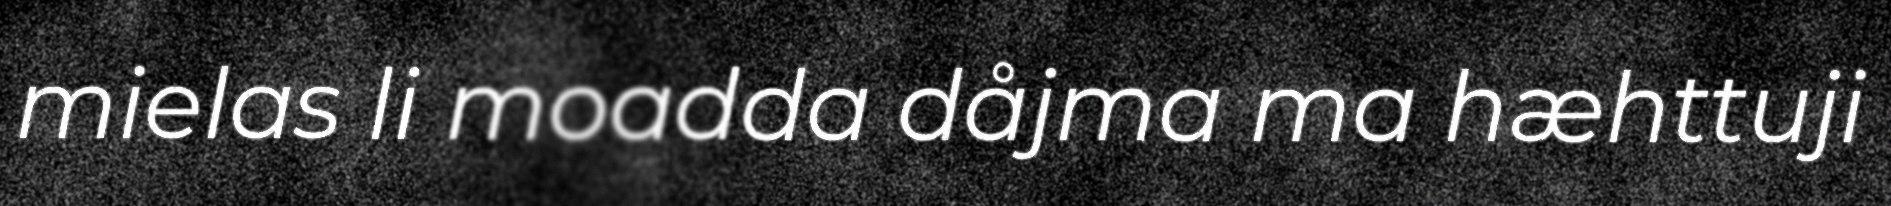
mielas li moadda dåjma ma hæhttuji